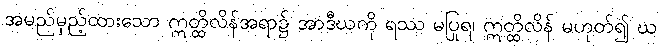
အမည်မှည့်ထားသော ဣတ္ထိလိန်အရာ၌ အာဒီဃကို ရဿ မပြုရ၊ ဣတ္ထိလိန် မဟုတ်၍ ဃ